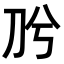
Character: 𭃈